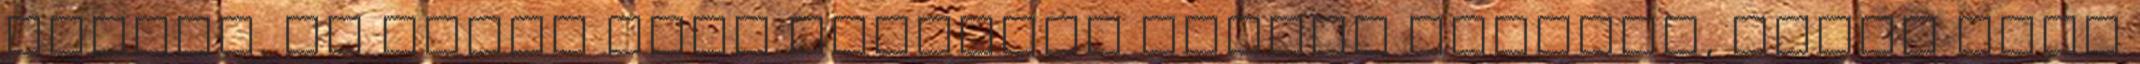
mondás. Ha egész este bájolgok valaki mellett, nincs erőm